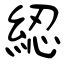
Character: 綛